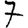
Digit: 7